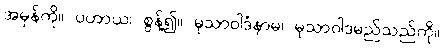
အမှန်ကို။ ပဟာယ၊ စွန့်၍။ မုသာဝါဒံနာမ၊ မုသာဝါဒမည်သည်ကို။